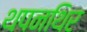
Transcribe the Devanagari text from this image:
थपनथिर